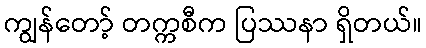
ကျွန်တော့် တက္ကစီက ပြဿနာ ရှိတယ်။